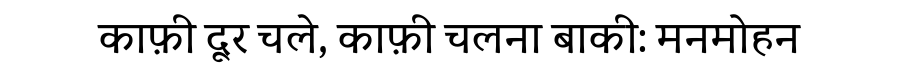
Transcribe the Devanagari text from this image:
काफ़ी दूर चले, काफ़ी चलना बाकी: मनमोहन